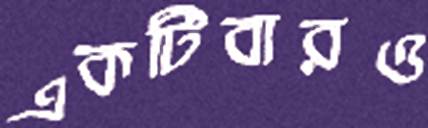
একটিবারও